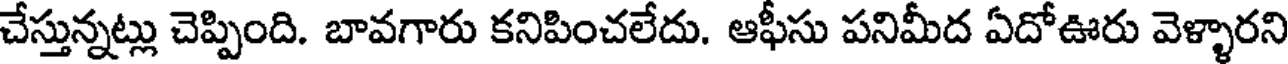
చేస్తున్నట్లు చెప్పింది. బావగారు కనిపించలేదు. ఆఫీసు పనిమీద ఏదోఊరు వెళ్ళారని